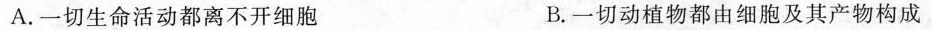
A.一切生命活动都离不开细胞 B.一切动植物都由细胞及其产物构成